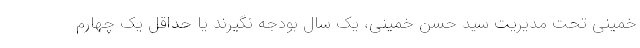
خمینی تحت مدیریت سید حسن خمینی، یک سال بودجه نگیرند یا حداقل یک چهارم